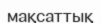
мақсаттық